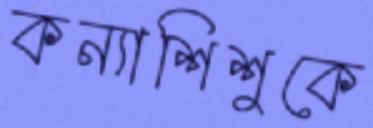
কন্যাশিশুকে